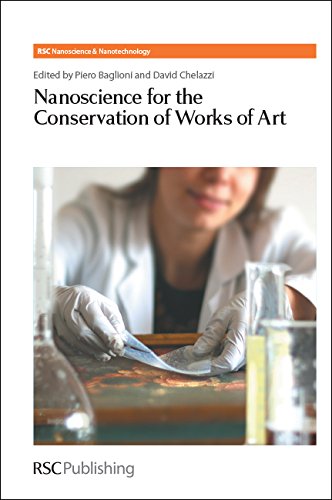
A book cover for Nanoscience for the Conservation of Works of Art: RSC (RSC Nanoscience & Nanotechnology); Crafts, Hobbies & Home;